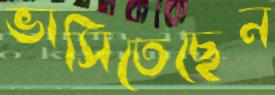
ভাসিতেছেন